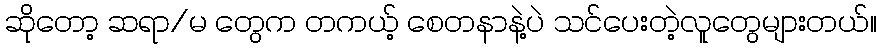
ဆိုတော့ ဆရာ/မ တွေက တကယ့် စေတနာနဲ့ပဲ သင်ပေးတဲ့လူတွေများတယ်။